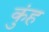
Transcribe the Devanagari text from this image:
कुंह